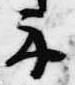
示